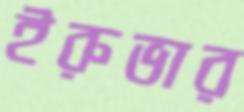
ইরুভার